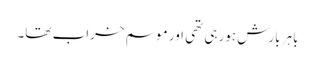
باہر بارش ہورہی تھی اور موسم خراب تھا۔